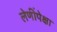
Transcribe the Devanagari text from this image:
लेणींपेक्षा